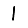
Digit: 1